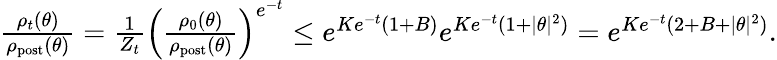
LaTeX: \begin{array}{r}{\frac{\rho_{t}(\theta)}{\rho_{\mathrm{post}}(\theta)}=\frac{1}{Z_{t}}\left(\frac{\rho_{0}(\theta)}{\rho_{\mathrm{post}}(\theta)}\right)^{e^{-t}}\leq e^{Ke^{-t}(1+B)}e^{Ke^{-t}(1+|\theta|^{2})}=e^{Ke^{-t}(2+B+|\theta|^{2})}.}\end{array}